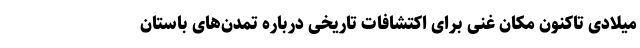
میلادی تاکنون مکان غنی برای اکتشافات تاریخی درباره تمدن‌های باستان